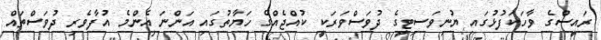
ރައީސްގެ ވާހަކަފުޅުގައި ޔުނިވަސިޓީގެ ދުވަސްވަރަކީ ކުއްޖެއްގެ ހަޔާތުގައި އަންނަ އެންމެ އުފާވެރި ދުވަސްތައް